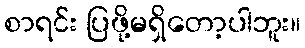
စာရင်း ပြဖို့မရှိတော့ပါဘူး။